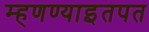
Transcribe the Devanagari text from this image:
म्हणण्याइतपत